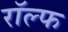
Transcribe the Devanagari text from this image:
राॅल्फ